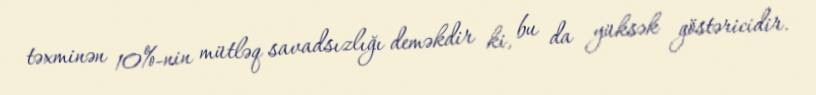
təxminən 10%-nin mütləq savadsızlığı deməkdir ki, bu da yüksək göstəricidir.